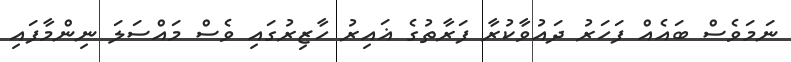
ނަމަވެސް ބައެއް ފަހަރު ދައުވާކުރާ ފަރާތުގެ ޣައިރު ހާޒިރުގައި ވެސް މައްސަލަ ނިންމާފައި